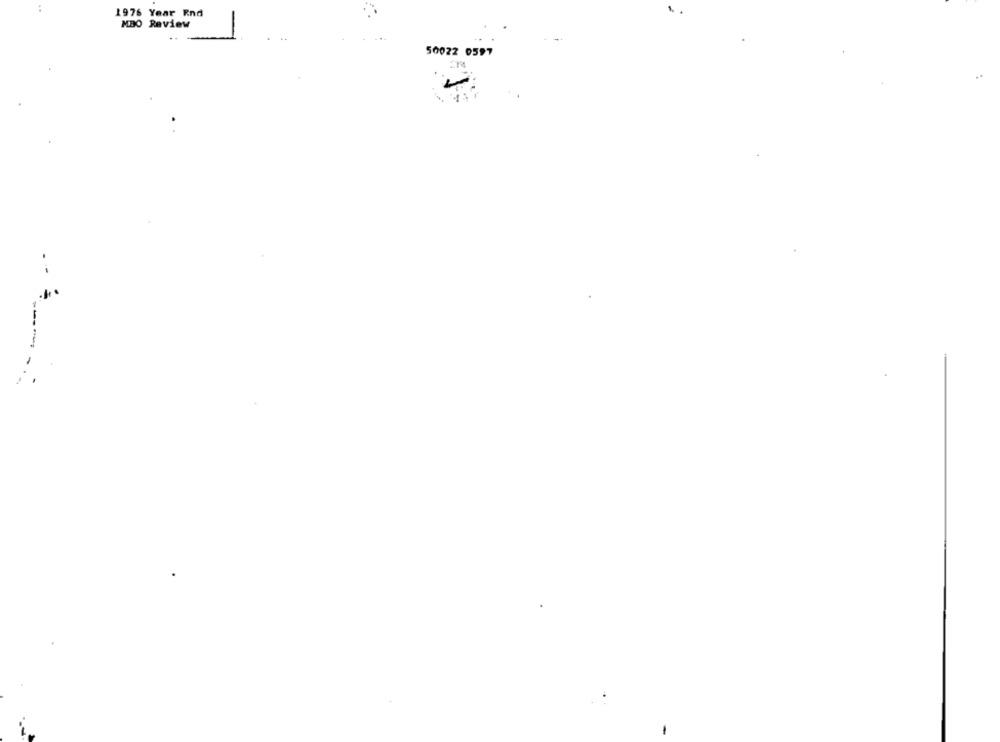
1976 Year Rnd
MBO Review
50022 0597
---
-